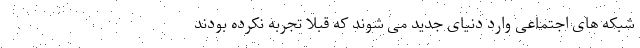
شبکه های اجتماعی وارد دنیای جدید می شوند که قبلاً تجربه نکرده بودند